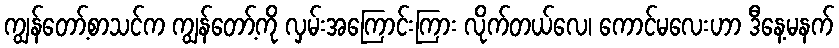
ကျွန်တော့်စာသင်က ကျွန်တော့်ကို လှမ်းအကြောင်းကြား လိုက်တယ်လေ၊ ကောင်မလေးဟာ ဒီနေ့မနက်